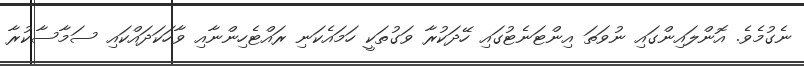
ނެގުމެވެ. އޮންލައިންގައި ނުވަތަ އިންޓަނެޓުގައި ހޭދަކުރާ ވަގުތަކީ ހަމައެކަނި ރައްޓެހިންނާއި ވާހަކަދައްކައި ސަމާސާކުރާ